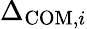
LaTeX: \Delta_{\mathrm{COM},i}